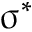
\upsigma ^ { * }